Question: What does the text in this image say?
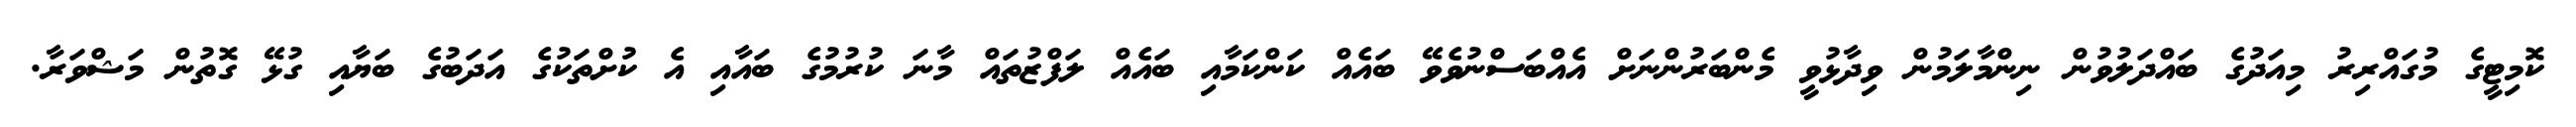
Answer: ކޮމިޓީގެ މުގައްރިރު މިއަދުގެ ބައްދަލުވުން ނިންމާލަމުން ވިދާޅުވީ މެންބަރުންނަށް އެއްބަސްނުވެވޭ ބައެއް ކަންކަމާއި ބައެއް ލަފްޒުތައް މާނަ ކުރުމުގެ ބައާއި އެ ކުށްތަކުގެ އަދަބުގެ ބަޔާއި ގުޅޭ ގޮތުން މަޝްވަރާ.